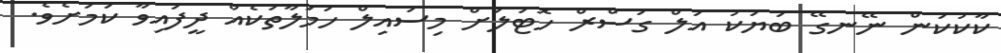
ކާކުކަން ނޭނގޭ ބަޔަކު އަލް ގަސްރް ހޮޓަލަށް މިސައިލް ހަމަލާތަކެއް ދީފައިވާ ކަމަށެވެ.